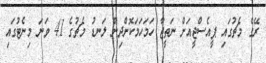
ރޭގެ މެޗުގައި ޕީއެސްޖީއަށް ނަތީޖާ ހަމަަހަމަކޮށްދިން ލަނޑު މެޗުގެ 41 ވަނަ މިނެޓުގައި